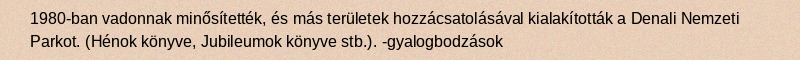
1980-ban vadonnak minősítették, és más területek hozzácsatolásával kialakították a Denali Nemzeti Parkot. (Hénok könyve, Jubileumok könyve stb.). -gyalogbodzások